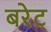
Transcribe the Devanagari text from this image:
बरेट